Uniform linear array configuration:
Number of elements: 64
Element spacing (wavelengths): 1
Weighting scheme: cosine
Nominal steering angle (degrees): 30
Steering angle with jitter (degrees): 31.731
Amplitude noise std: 0.05
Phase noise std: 0.05

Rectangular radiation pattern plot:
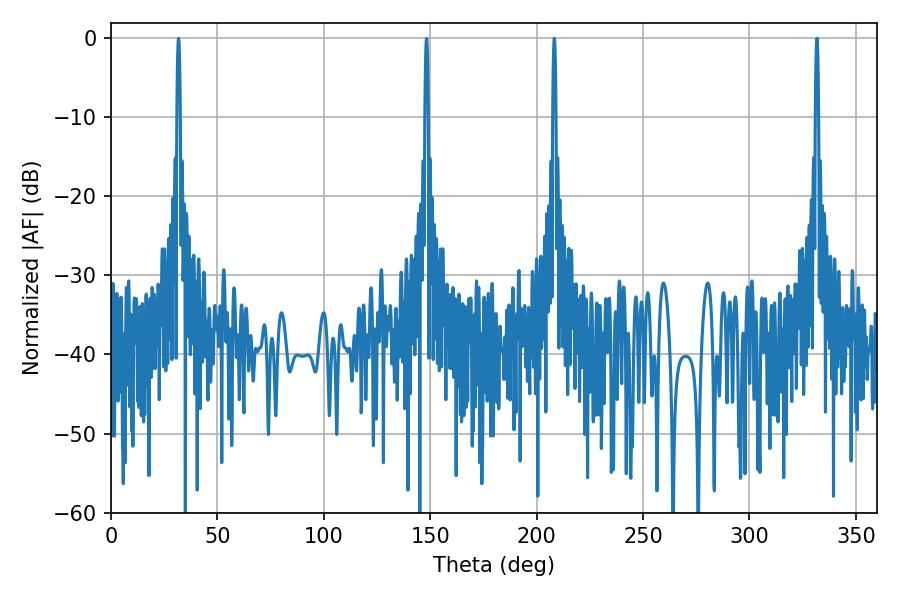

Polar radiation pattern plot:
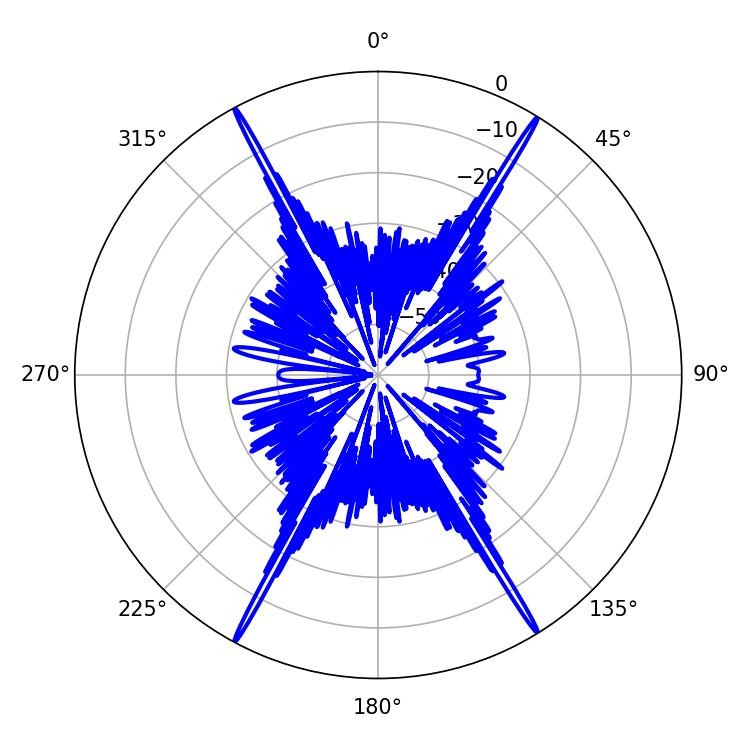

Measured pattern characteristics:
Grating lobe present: TRUE
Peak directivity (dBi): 29.14
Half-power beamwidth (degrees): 0.72
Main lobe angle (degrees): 208.26